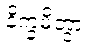
နိက္ခမိတွာ